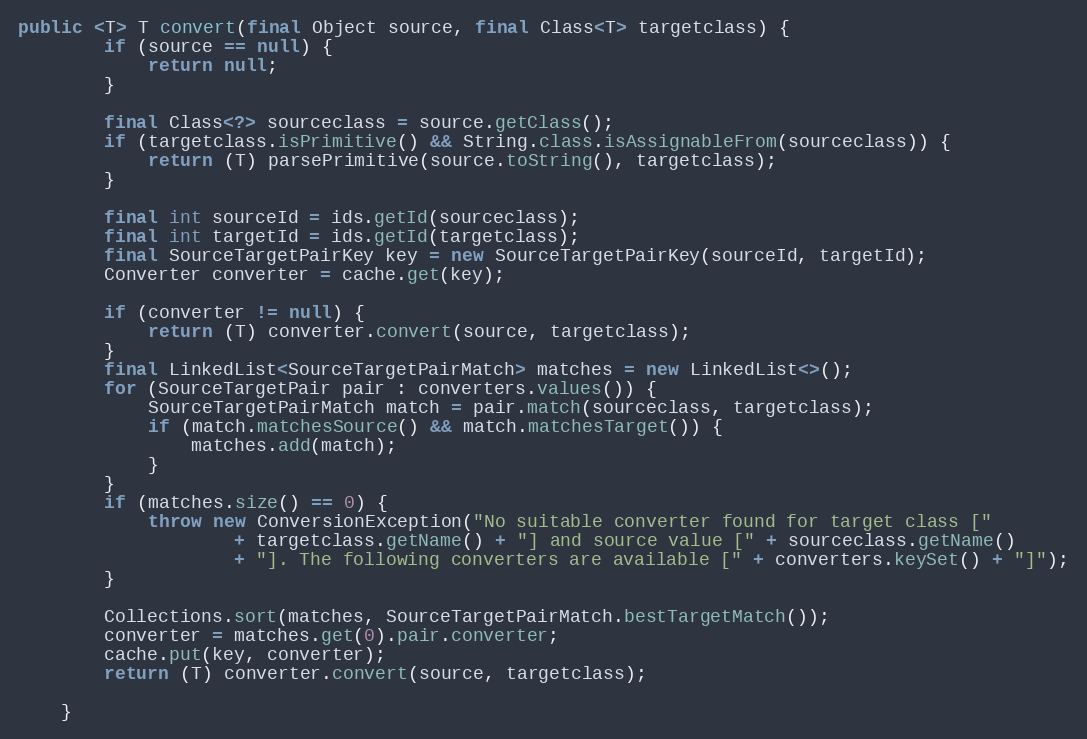
Language: Java
public <T> T convert(final Object source, final Class<T> targetclass) {
        if (source == null) {
            return null;
        }

        final Class<?> sourceclass = source.getClass();
        if (targetclass.isPrimitive() && String.class.isAssignableFrom(sourceclass)) {
            return (T) parsePrimitive(source.toString(), targetclass);
        }

        final int sourceId = ids.getId(sourceclass);
        final int targetId = ids.getId(targetclass);
        final SourceTargetPairKey key = new SourceTargetPairKey(sourceId, targetId);
        Converter converter = cache.get(key);

        if (converter != null) {
            return (T) converter.convert(source, targetclass);
        }
        final LinkedList<SourceTargetPairMatch> matches = new LinkedList<>();
        for (SourceTargetPair pair : converters.values()) {
            SourceTargetPairMatch match = pair.match(sourceclass, targetclass);
            if (match.matchesSource() && match.matchesTarget()) {
                matches.add(match);
            }
        }
        if (matches.size() == 0) {
            throw new ConversionException("No suitable converter found for target class ["
                    + targetclass.getName() + "] and source value [" + sourceclass.getName()
                    + "]. The following converters are available [" + converters.keySet() + "]");
        }

        Collections.sort(matches, SourceTargetPairMatch.bestTargetMatch());
        converter = matches.get(0).pair.converter;
        cache.put(key, converter);
        return (T) converter.convert(source, targetclass);

    }